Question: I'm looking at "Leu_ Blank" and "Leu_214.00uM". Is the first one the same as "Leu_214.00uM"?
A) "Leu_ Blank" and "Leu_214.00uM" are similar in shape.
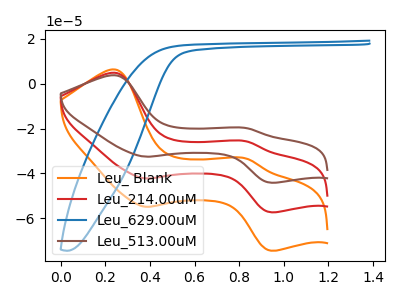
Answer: <think>The orange curve "Leu_ Blank" has anodic peaks at (0.25V, 6.30uA) (0.85V, -33.35uA) and cathodic peaks at (0.40V, -54.85uA) (0.95V, -74.40uA). The red curve "Leu_214.00uM" has anodic peaks at (0.25V, 4.85uA) (0.85V, -25.70uA) and cathodic peaks at (0.40V, -42.20uA) (0.95V, -57.30uA). The blue curve "Leu_629.00uM" has no peaks. The brown curve "Leu_513.00uM" has anodic peaks at (0.25V, 9.70uA) (0.85V, -51.40uA) and cathodic peaks at (0.40V, -84.45uA) (0.95V, -114.55uA).
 All the peaks in "Leu_ Blank" have a peak in "Leu_214.00uM" at the same potential.</think>
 <answer>A) "Leu_ Blank" and "Leu_214.00uM" are similar in shape.</answer>
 <eval>A</eval>